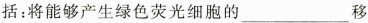
括：将能够产生绿色荧光细胞的___移